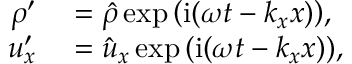
\begin{array} { r l } { \rho ^ { \prime } } & { { } = \hat { \rho } \exp { \left( \mathrm { i } ( \omega t - k _ { x } x ) \right) } , } \\ { u _ { x } ^ { \prime } } & { { } = \hat { u } _ { x } \exp { \left( \mathrm { i } ( \omega t - k _ { x } x ) \right) } , } \end{array}